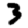
Digit: 3